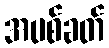
အပစ်ခတ်